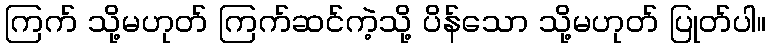
ကြက် သို့မဟုတ် ကြက်ဆင်ကဲ့သို့ ပိန်သော သို့မဟုတ် ပြုတ်ပါ။